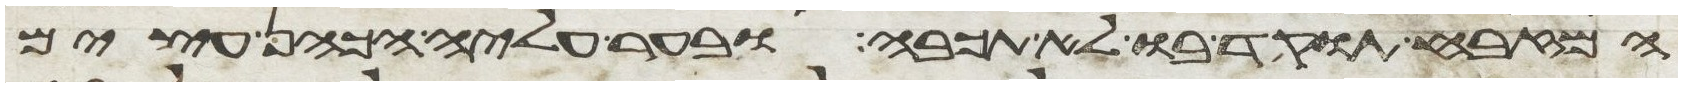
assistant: המזבח תוקד בו לא תכבה ובער עליה הכהן עצים